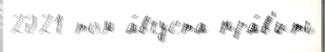
2021 том а́вгуста пра́в'ить